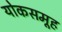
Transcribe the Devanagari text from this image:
योकसमूह